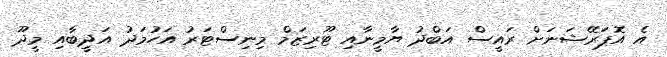
އެ އޮޕަރޭޝަނަށް ރައީސް އަބްދު ޔާމީނާއި ޓޫރިޒަމް މިނިސްޓަރު އަހުމަދު އަދީބާއި މީދޫ